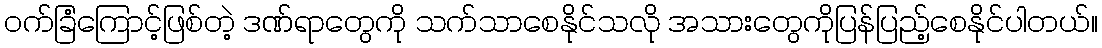
ဝက်ခြံကြောင့်ဖြစ်တဲ့ ဒဏ်ရာတွေကို သက်သာစေနိုင်သလို အသားတွေကိုပြန်ပြည့်စေနိုင်ပါတယ်။